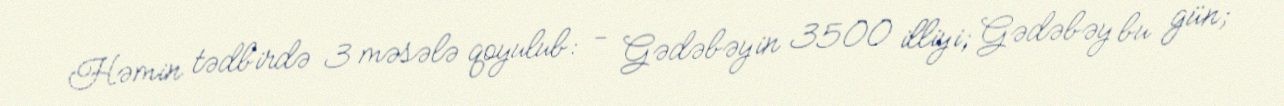
Həmin tədbirdə 3 məsələ qoyulub: - Gədəbəyin 3500 illiyi; Gədəbəy bu gün;